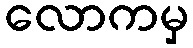
လောကမှ